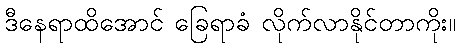
ဒီနေရာထိအောင် ခြေရာခံ လိုက်လာနိုင်တာကိုး။